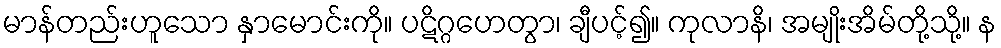
မာန်တည်းဟူသော နှာမောင်းကို။ ပဋိဂ္ဂဟေတွာ၊ ချီပင့်၍။ ကုလာနိ၊ အမျိုးအိမ်တို့သို့။ န